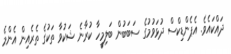
ދައްކައެވެ. އެޕެންޑިކްސް ދުޅަވުމުގެ ސަބަބުން ބަލިމީހާ ކުރާނެ ޝަކުވާ ތަކުގެ ތެރެއިން އެންމެ